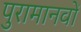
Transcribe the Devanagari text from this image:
पुरामानवों